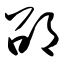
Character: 邵